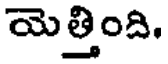
యెత్తింది.